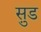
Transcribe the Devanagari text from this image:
सु़ड